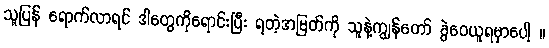
သူပြန် ရောက်လာရင် ဒါတွေကိုရောင်းပြီး ရတဲ့အမြတ်ကို သူနဲ့ကျွန်တော် ခွဲဝေယူရမှာပေါ့ ။